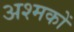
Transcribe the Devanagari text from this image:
अश्मकों